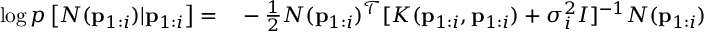
\begin{array} { r l } { \log p \left[ N ( \mathbf { p } _ { 1 : i } ) | \mathbf { p } _ { 1 : i } \right] = } & { { } - \frac { 1 } { 2 } N ( \mathbf { p } _ { 1 : i } ) ^ { \mathcal { T } } [ K ( \mathbf { p } _ { 1 : i } , \mathbf { p } _ { 1 : i } ) + \sigma _ { i } ^ { 2 } I ] ^ { - 1 } N ( \mathbf { p } _ { 1 : i } ) } \end{array}